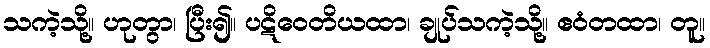
သကဲ့သို့။ ဟုတွာ၊ ပြီး၍။ ပဋိဝေတိယထာ၊ ချုပ်သကဲ့သို့။ ဧဝံတထာ၊ တူ။